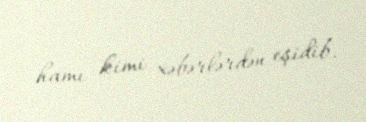
hamı kimi xəbərlərdən eşidib.